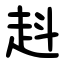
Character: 﨣